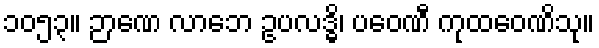
၁၀၅၃။ ဉာဏေ လာဘေ ဥပလဒ္ဓိ၊ ပဝေဏီ ကုထဝေဏိသု။